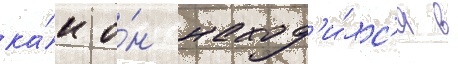
ка́к о́н наход'и́лс'я в